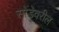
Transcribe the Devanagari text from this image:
सोंडेवरील